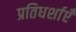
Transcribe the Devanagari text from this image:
प्रतिधर्शाएँ